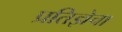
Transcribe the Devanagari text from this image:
प्रतिज्ञेचा